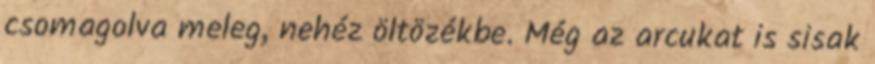
csomagolva meleg, nehéz öltözékbe. Még az arcukat is sisak